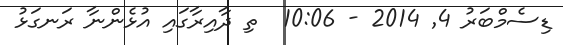
ޑިސެމްބަރު 4